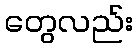
တွေလည်း